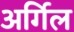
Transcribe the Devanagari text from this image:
अर्गिल